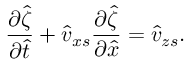
\frac { \partial \hat { \zeta } } { \partial \hat { t } } + \hat { v } _ { x s } \frac { \partial \hat { \zeta } } { \partial \hat { x } } = \hat { v } _ { z s } .